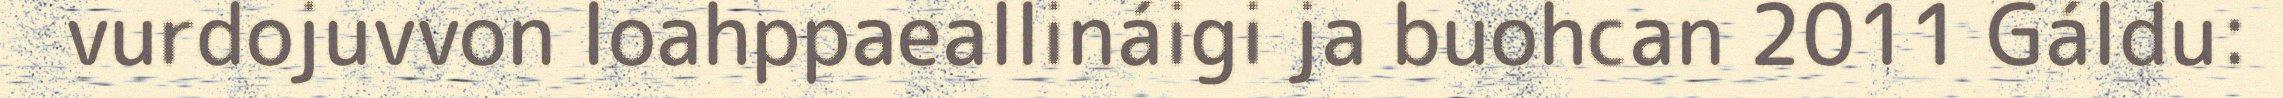
vurdojuvvon loahppaeallináigi ja buohcan 2011 Gáldu: